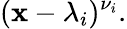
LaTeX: (\mathbf{x}-\lambda_{i})^{\nu_{i}}.